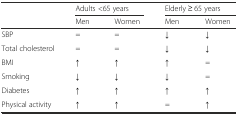
<table><thead><tr><td rowspan="2"></td><td colspan="2"><b>Adults &lt;65 years</b></td><td colspan="2"><b>Elderly ≥ 65 years</b></td></tr><tr><td><b>Men</b></td><td><b>Women</b></td><td><b>Men</b></td><td><b>Women</b></td></tr></thead><tbody><tr><td>SBP</td><td>=</td><td>=</td><td>↓</td><td>↓</td></tr><tr><td>Total cholesterol</td><td>=</td><td>=</td><td>↓</td><td>↓</td></tr><tr><td>BMI</td><td>↑</td><td>↑</td><td>↑</td><td>=</td></tr><tr><td>Smoking</td><td>↓</td><td>↓</td><td>↓</td><td>=</td></tr><tr><td>Diabetes</td><td>↑</td><td>↑</td><td>↑</td><td>↑</td></tr><tr><td>Physical activity</td><td>↑</td><td>↑</td><td>=</td><td>↑</td></tr></tbody></table>